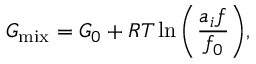
G _ { \mathrm { m i x } } = G _ { 0 } + { \cal R } T \ln { \left( \frac { a _ { i } f } { f _ { 0 } } \right) } ,